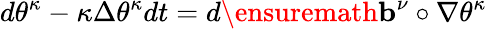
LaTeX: d\theta^{\kappa}-\kappa\Delta\theta^{\kappa}dt=d\ensuremath{\mathbf{b}}^{\nu}\circ\nabla\theta^{\kappa}